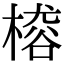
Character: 𣙴